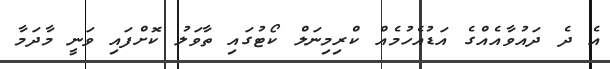
އެ ދެ ދައުވާއެއްގެ އަޑުއެހުމެއް ކްރިމިނަލް ކޯޓުގައި ތާވަލު ކޮށްފައި ވަނީ މާދަމާ